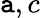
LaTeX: \mathtt{a},c